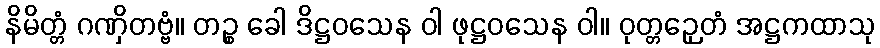
နိမိတ္တံ ဂဏှိတဗ္ဗံ။ တဉ္စ ခေါ ဒိဋ္ဌဝသေန ဝါ ဖုဋ္ဌဝသေန ဝါ။ ဝုတ္တဉှေတံ အဋ္ဌကထာသု